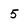
Character: 5